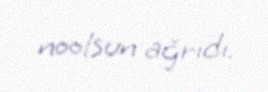
noolsun ağrıdı.